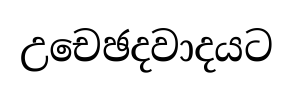
උචෙඡදවාදයට